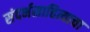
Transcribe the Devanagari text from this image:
संदर्भसाहित्याचा